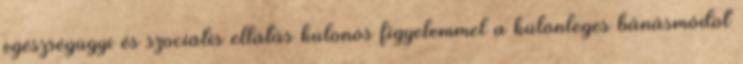
egészségügyi és szociális ellátás különös figyelemmel a különleges bánásmódot